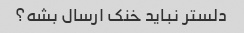
دلستر نباید خنک ارسال بشه؟